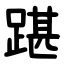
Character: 踸